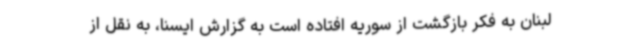
لبنان به فکر بازگشت از سوریه افتاده است به گزارش ایسنا، به نقل از